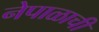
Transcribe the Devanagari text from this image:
नेपाळाची